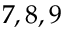
7 , 8 , 9